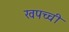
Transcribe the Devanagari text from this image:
खपच्ची